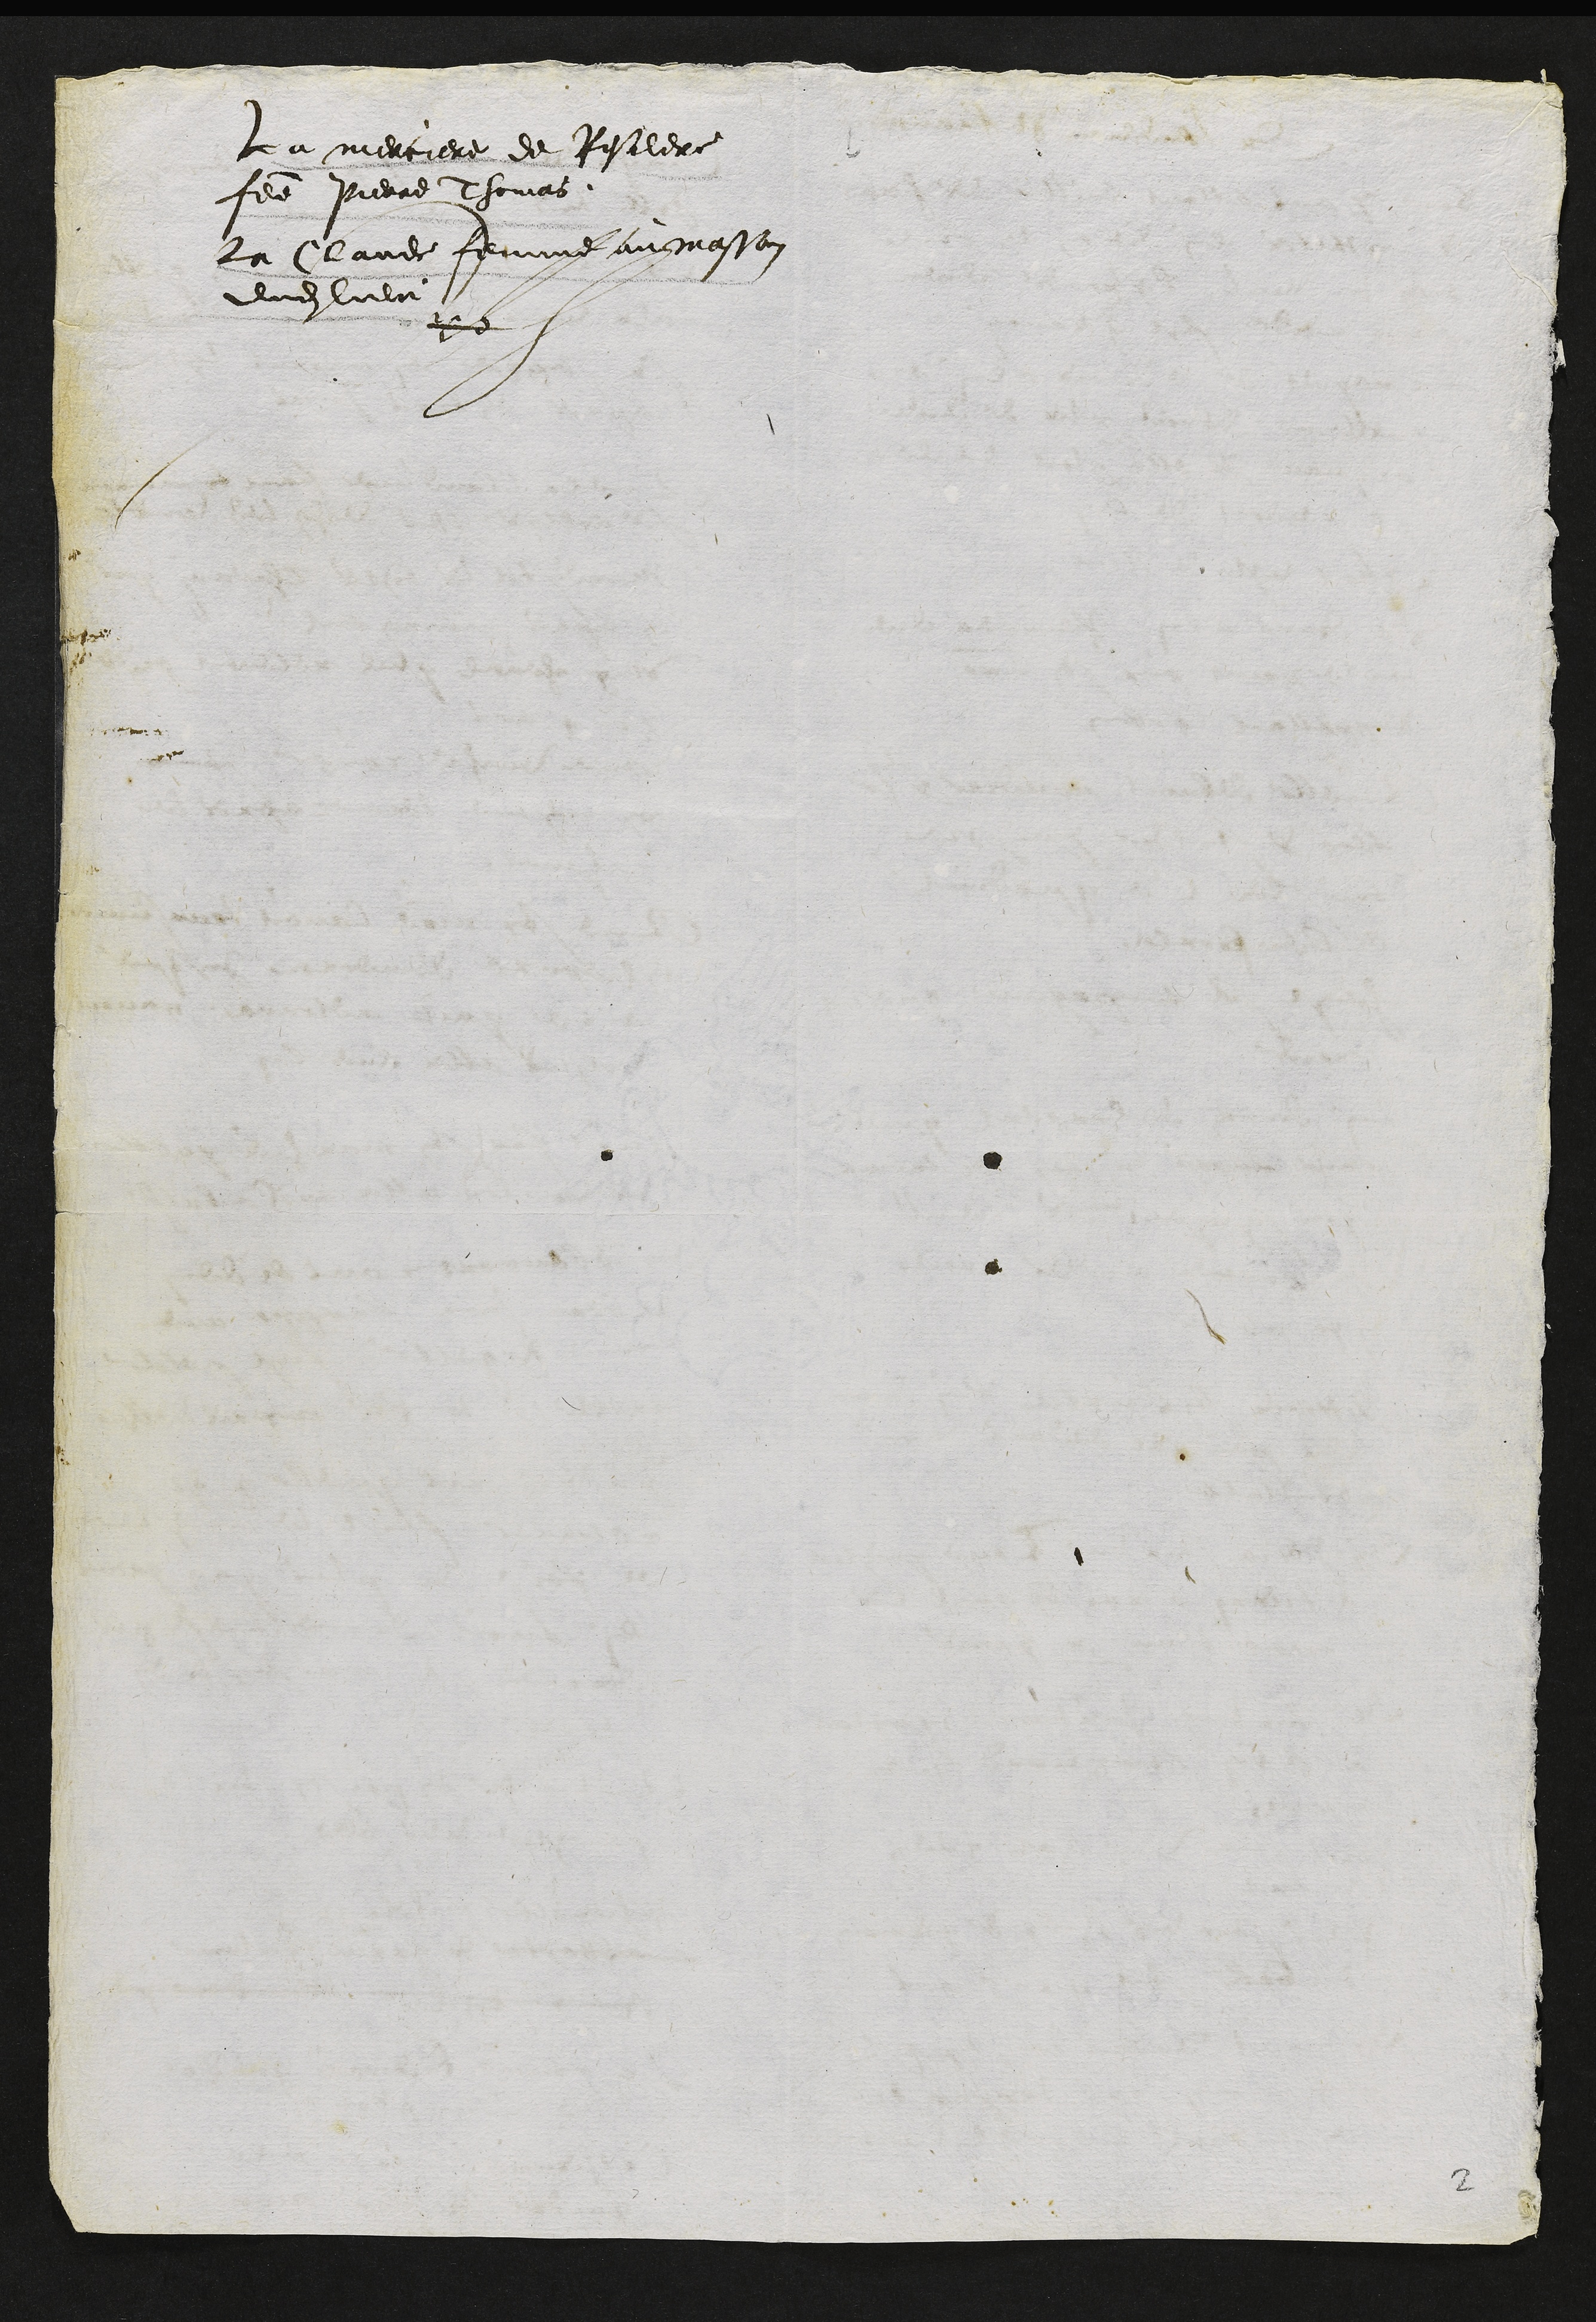
La merciere de Resiere
fee Pierre Thomas
La Claude femme au masson
dudit vie
de